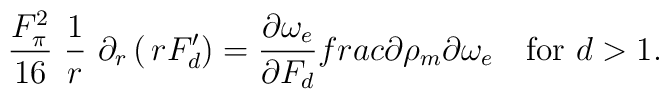
\frac{F_\pi^2}{16}\ \frac{1}{r}\,\,\partial_r \left( \, rF'_d \right) =\frac{\partial \omega_e}{\partial F_d}\\frac{\partial \rho_m}{\partial \omega_e}\quad\mbox{for $d>1$.}